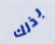
بذلك